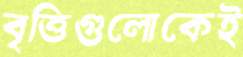
বৃত্তিগুলোকেই